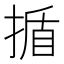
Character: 揗